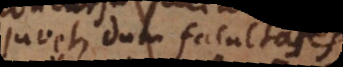
juvet, dum facultates